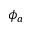
\phi _ { a }